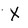
Character: X